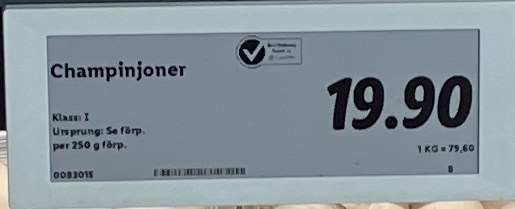
Vara: Champinjoner
Genomsnittspris: 79.6 per kg